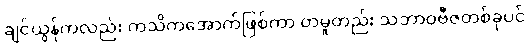
ချင်ယွန်ကလည်း ကသိကအောက်ဖြစ်ကာ တမူတည်း သဘာဝဗီဇတစ်ခုပင်